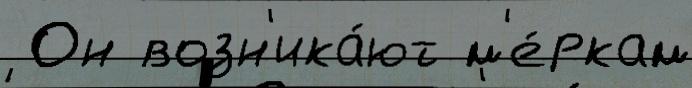
 Он возн'ика́ют м'е́ркам